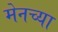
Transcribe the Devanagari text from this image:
मेनच्या